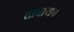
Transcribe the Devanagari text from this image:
दाबायचा